Vaccination in Bombay 1863-1868 - 1863-1868
Year: 1863
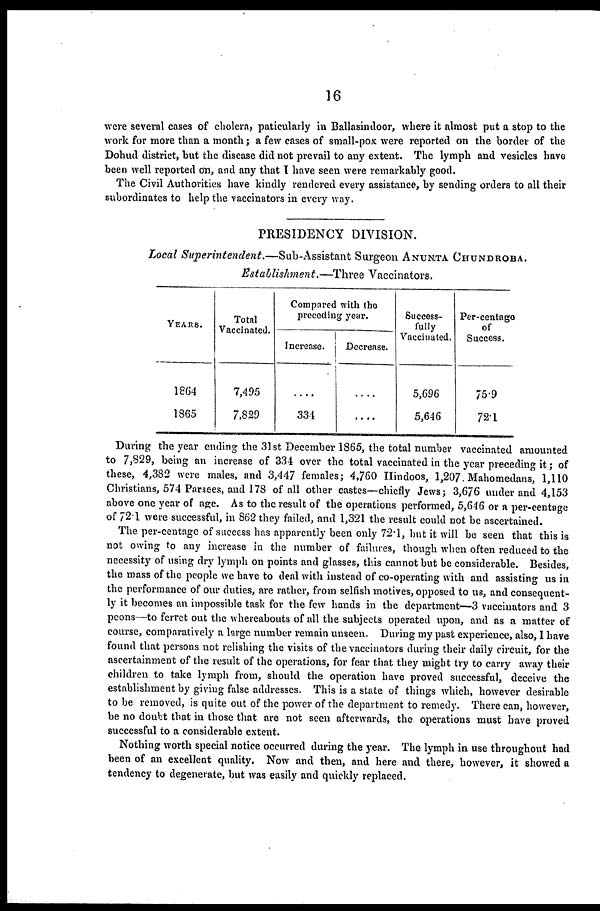
16
were several cases of cholera, paticularly in Ballasindoor, where it almost put a stop to the
work for more than a month ; a few cases of small-pox were reported on the border of the
Dohud district, but the disease did not prevail to any extent. The lymph and vesicles have
been well reported on, and any that I have seen were remarkably good.
The Civil Authorities have kindly rendered every assistance, by sending orders to all their
subordinates to help the vaccinators in every way.
PRESIDENCY DIVISION.
Local Superintendent.—Sub-Assistant
Surgeon ANUNTA CHUNDROBA.
Establishment.—Three Vaccinators.
YEARS.
1864
1865
Total
Vaccinated.
7,495
7,829
Compared with the
preceding year.
Increase.
....
334
Decrease.
....
....
Success-
fully
Vaccinated.
5,696
5,646
Per-centage
of
Success.
75.9
72.1
During the year ending the 31st December 1865, the total number vaccinated amounted
to 7,829, being an increase of 334 over the total vaccinated in the year preceding it; of
these, 4,382 were males, and 3,447 females ; 4,760 Hindoos, 1,207. Mahomedans, 1,110
Christians, 574 Parsees, and 178 of all other castes—chiefly Jews; 3,676 under and 4,153
above one year of age. As to the result of the operations performed, 5,646 or a per-centage
of 72.1 were successful, in 862 they failed, and 1,321 the result could not be ascertained.
The per-centage of success has apparently been only 72.1, but it will be seen that this is
not owing to any increase in the number of failures, though when often reduced to the
necessity of using dry lymph on points and glasses, this cannot but be considerable. Besides,
the mass of the people we have to deal with instead of co-operating with and assisting us in
the performance of our duties, are rather, from selfish motives, opposed to us, and consequent-
ly it becomes an impossible task for the few hands in the department—3 vaccinators and 3
peons—to ferret out the whereabouts of all the subjects operated upon, and as a matter of
course, comparatively a large number remain unseen. During my past experience, also, I have
found that persons not relishing the visits of the vaccinators during their daily circuit, for the
ascertainment of the result of the operations, for fear that they might try to carry away their
children to take lymph from, should the operation have proved successful, deceive the
establishment by giving false addresses. This is a state of things which, however desirable
to be removed, is quite out of the power of the department to remedy. There can, however,
be no doubt that in those that are not seen afterwards, the operations must have proved
successful to a considerable extent.
Nothing worth special notice occurred during the year. The lymph in use throughout had
been of an excellent quality. Now and then, and here and there, however, it showed a
tendency to degenerate, but was easily and quickly replaced.